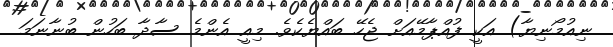
ނިއުމޯނިޔާ) އަކީ ފުއްޕާމޭއަށް ޖެހޭ ބައްޔެކެވެ. މިއީ އެންމެ ސާދާ ބަހުން ބުނާނަމަ